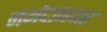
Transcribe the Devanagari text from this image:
नर्मदानगर